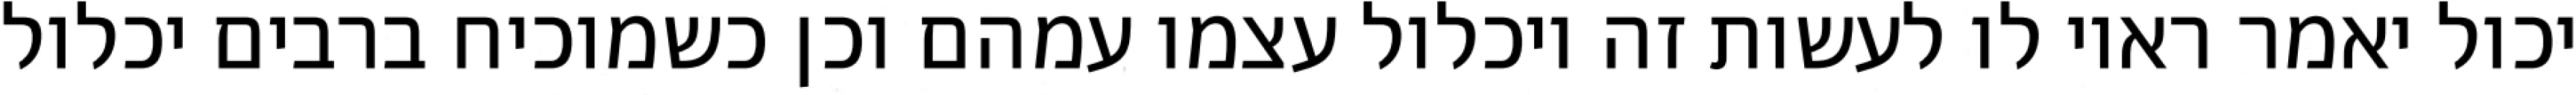
יכול יאמר ראוי לו לעשות זה ויכלול עצמו עמהם וכן כשמוכיח ברבים יכלול